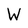
Character: W